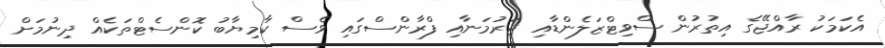
އެކަމަކު ރާއްޖޭގެ އިތުރުން ސްވިޓްޒަލެންޑާއި ޖަރުމަނާއި ފްރާންސްގައި ވެސް ކާމިޔާބު ކޮންސެޓްތަކެއް ދިނުމަށް